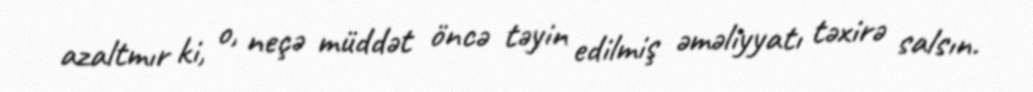
azaltmır ki, o, neçə müddət öncə təyin edilmiş əməliyyatı təxirə salsın.